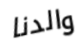
والدنا